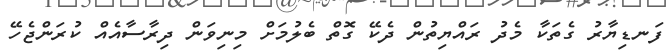
ފަނޑިޔާރު ގެތަކާ މެދު ރައްޔިތުން ދެކޭ ގޮތް ބެލުމަށް މިނިވަން ދިރާސާއެއް ކުރަންޖެހޭ